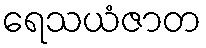
ရေသယံဇာတ